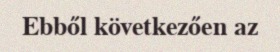
Ebből következően az